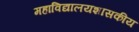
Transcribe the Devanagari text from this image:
महाविद्यालयशासकीय